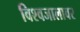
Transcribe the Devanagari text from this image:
विश्वजालावर